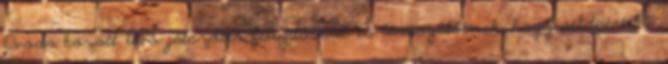
Óvoda között lévő játszótér felújítóinak és támogatóinak, hogy példaértékű